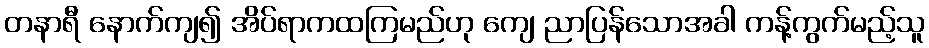
တနာရီ နောက်ကျ၍ အိပ်ရာကထကြမည်ဟု ကျေ ညာပြန်သောအခါ ကန့်ကွက်မည့်သူ